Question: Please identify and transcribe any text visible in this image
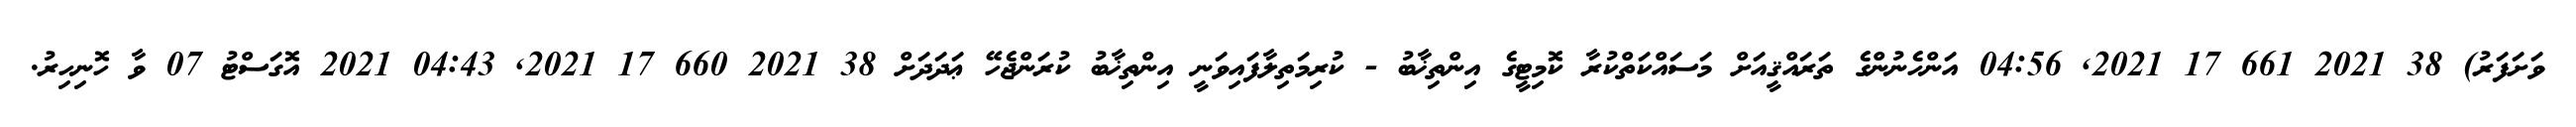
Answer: ވަށަފަރު) 38 2021 661 17 2021, 04:56 އަންހެނުންގެ ތަރައްޤީއަށް މަސައްކަތްކުރާ ކޮމިޓީގެ އިންތިޚާބު - ކުރިމަތިލާފައިވަނީ އިންތިޚާބު ކުރަންޖެހޭ ޢަދަދަށް 38 2021 660 17 2021, 04:43 2021 އޮގަސްޓު 07 ވާ ހޮނިހިރު.